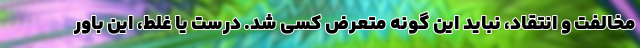
مخالفت و انتقاد، نباید این گونه متعرض کسی شد. درست یا غلط، این باور